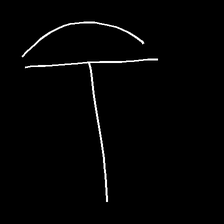
Glyph: dispersion